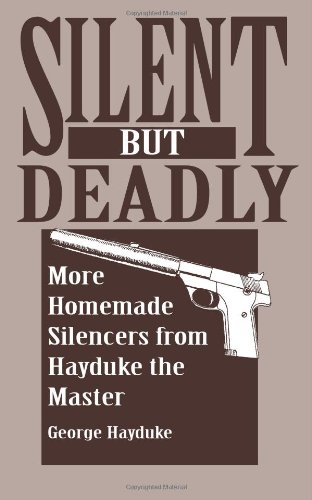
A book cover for Silent But Deadly: More Homemade Silencers From Hayduke The Master; George Hayduke; Crafts, Hobbies & Home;